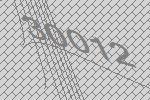
30012